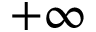
+ \infty